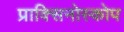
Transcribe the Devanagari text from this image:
प्राक्सिनोस्कोप